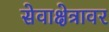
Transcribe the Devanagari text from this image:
सेवाक्षेत्रावर